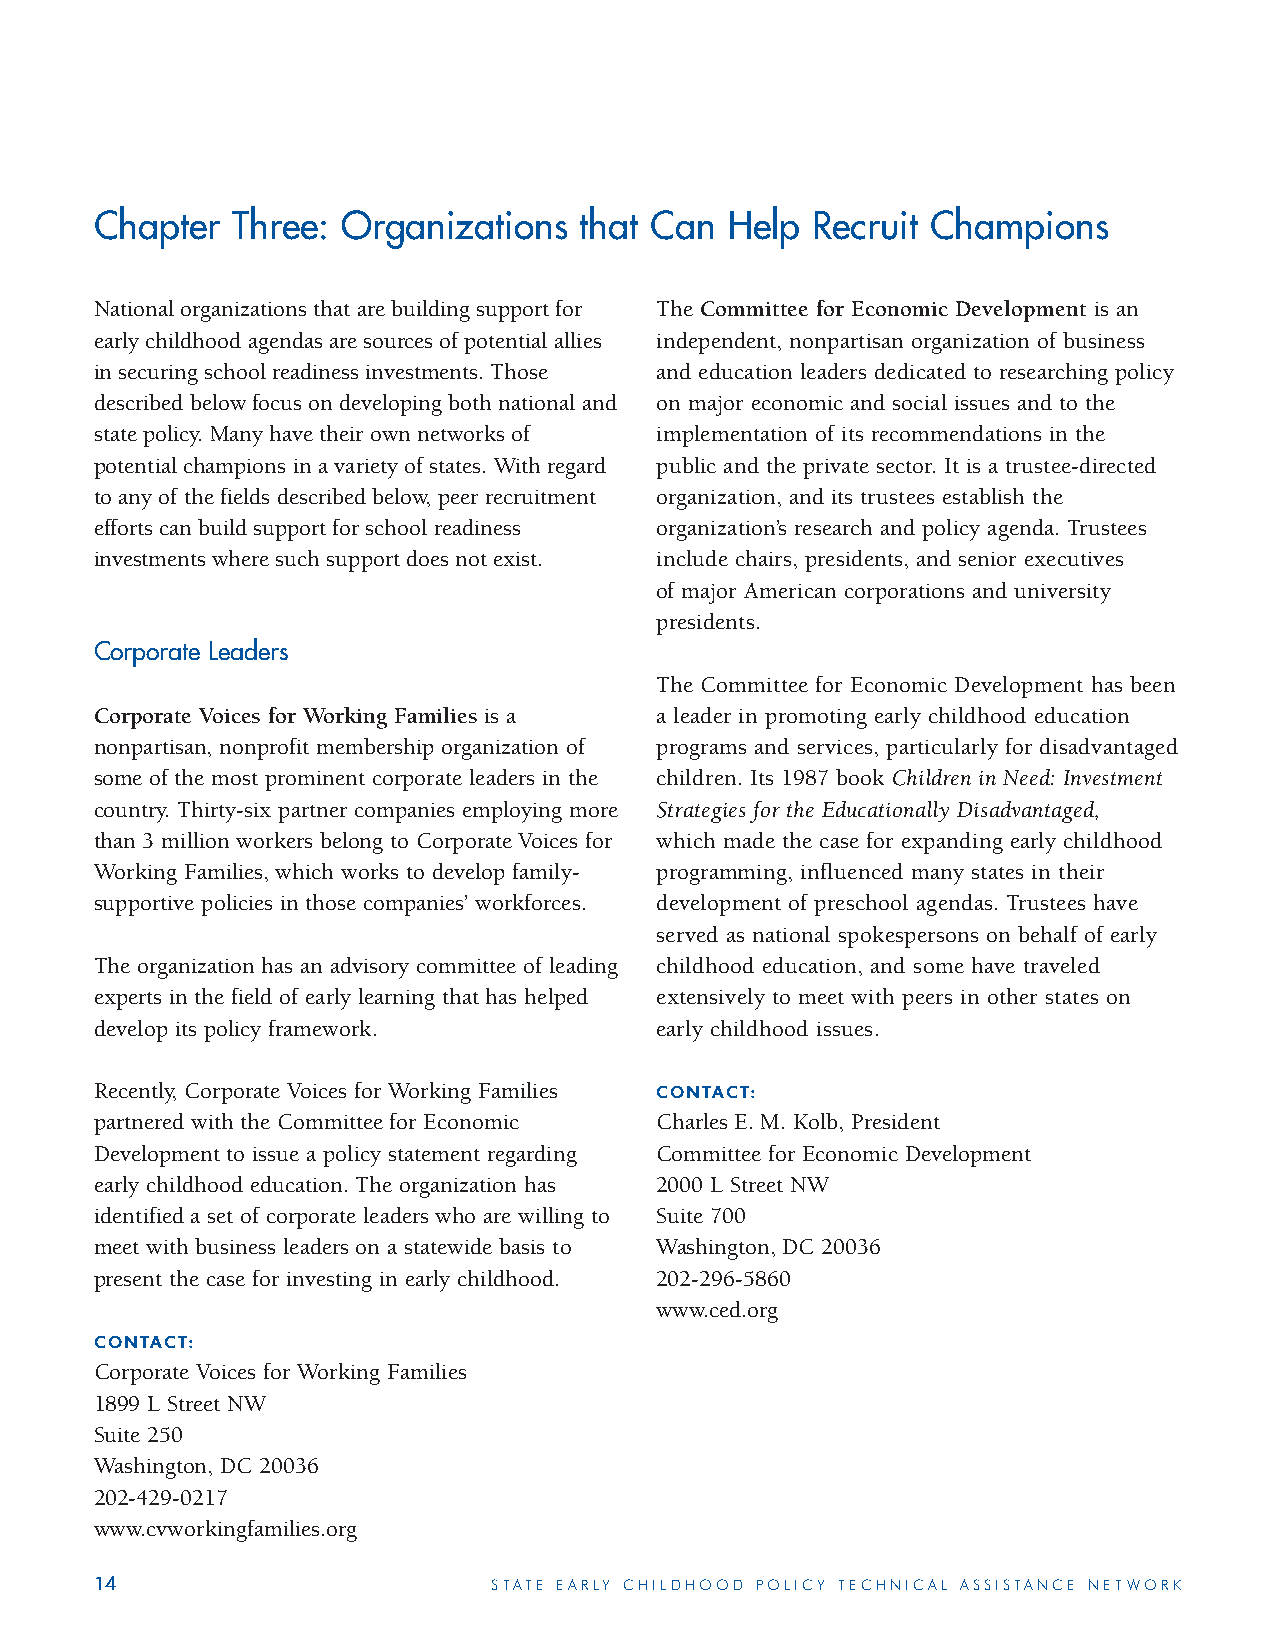
Chapter  Three:  Organizations  that Can  Help  Recruit Champions
 National organizations that are building support for The Committee for Economic Development is an
 early childhood agendas are sources of potential allies independent, nonpartisan organization of business
 in securing school readiness investments. Those and education leaders dedicated to researching policy
 described below focus on developing both national and on major economic and social issues and to the
 state policy. Many have their own networks of implementation of its recommendations in the
 potential champions in a variety of states. With regard public and the private sector. It is a trustee-directed
 to any of the fields described below, peer recruitment organization, and its trustees establish the
 efforts can build support for school readiness organization’s research and policy agenda. Trustees
 investments where such support does not exist. include chairs, presidents, and senior executives
 of major American corporations and university
 presidents.
 Corporate Leaders
 The Committee for Economic Development has been
 Corporate Voices for Working Families is a a leader in promoting early childhood education
 nonpartisan, nonprofit membership organization of programs and services, particularly for disadvantaged
 some of the most prominent corporate leaders in the children. Its 1987 book Children in Need: Investment
 country. Thirty-six partner companies employing more Strategies for the Educationally Disadvantaged,
 than 3 million workers belong to Corporate Voices for which made the case for expanding early childhood
 Working Families, which works to develop family- programming, influenced many states in their
 supportive policies in those companies’ workforces. development of preschool agendas. Trustees have
 served as national spokespersons on behalf of early
 The organization has an advisory committee of leading childhood education, and some have traveled
 experts in the field of early learning that has helped extensively to meet with peers in other states on
 develop its policy framework.        early childhood issues.
 Recently, Corporate Voices for Working Families CONTACT:
 partnered with the Committee for Economic Charles E. M. Kolb, President
 Development to issue a policy statement regarding Committee for Economic Development
 early childhood education. The organization has 2000 L Street NW
 identified a set of corporate leaders who are willing to Suite 700
 meet with business leaders on a statewide basis to Washington, DC 20036
 present the case for investing in early childhood. 202-296-5860
 www.ced.org
 CONTACT:
 Corporate Voices for Working Families
 1899 L Street NW
 Suite 250
 Washington, DC 20036
 202-429-0217
 www.cvworkingfamilies.org
 14                         STATE EARLY CHILDHOOD POLICY TECHNICAL ASSISTANCE NETWORK